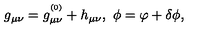
g _ { \mu \nu } = g _ { \mu \nu } ^ { ^ \mathrm { ( 0 ) } } + h _ { \mu \nu } , \ \phi = \varphi + \delta \phi ,